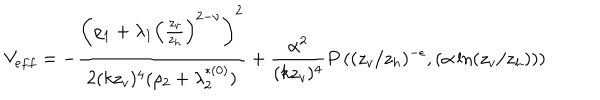
LaTeX: V _ { e f f } = - \frac { \left( \rho _ { 1 } + \lambda _ { 1 } \left( \frac { z _ { v } } { z _ { h } } \right) ^ { 2 - \nu } \right) ^ { 2 } } { 2 ( k z _ { v } ) ^ { 4 } ( \rho _ { 2 } + \lambda _ { 2 } ^ { * ( 0 ) } ) } + \frac { \alpha ^ { 2 } } { ( k z _ { v } ) ^ { 4 } } P \left( ( z _ { v } / z _ { h } ) ^ { - \epsilon } , \left( \alpha \ln ( z _ { v } / z _ { h } ) \right) \right)